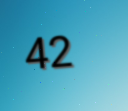
42